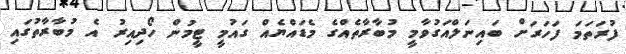
ފުރަތަމަ ފަހަރަށް ބައިނަލްއަގުވާމީ މުބާރާތެއްގެ މެޑައްޔެއް ގައުމީ ޓީމުން ހޯދިއިރު އެ މުބާރާތުގައި